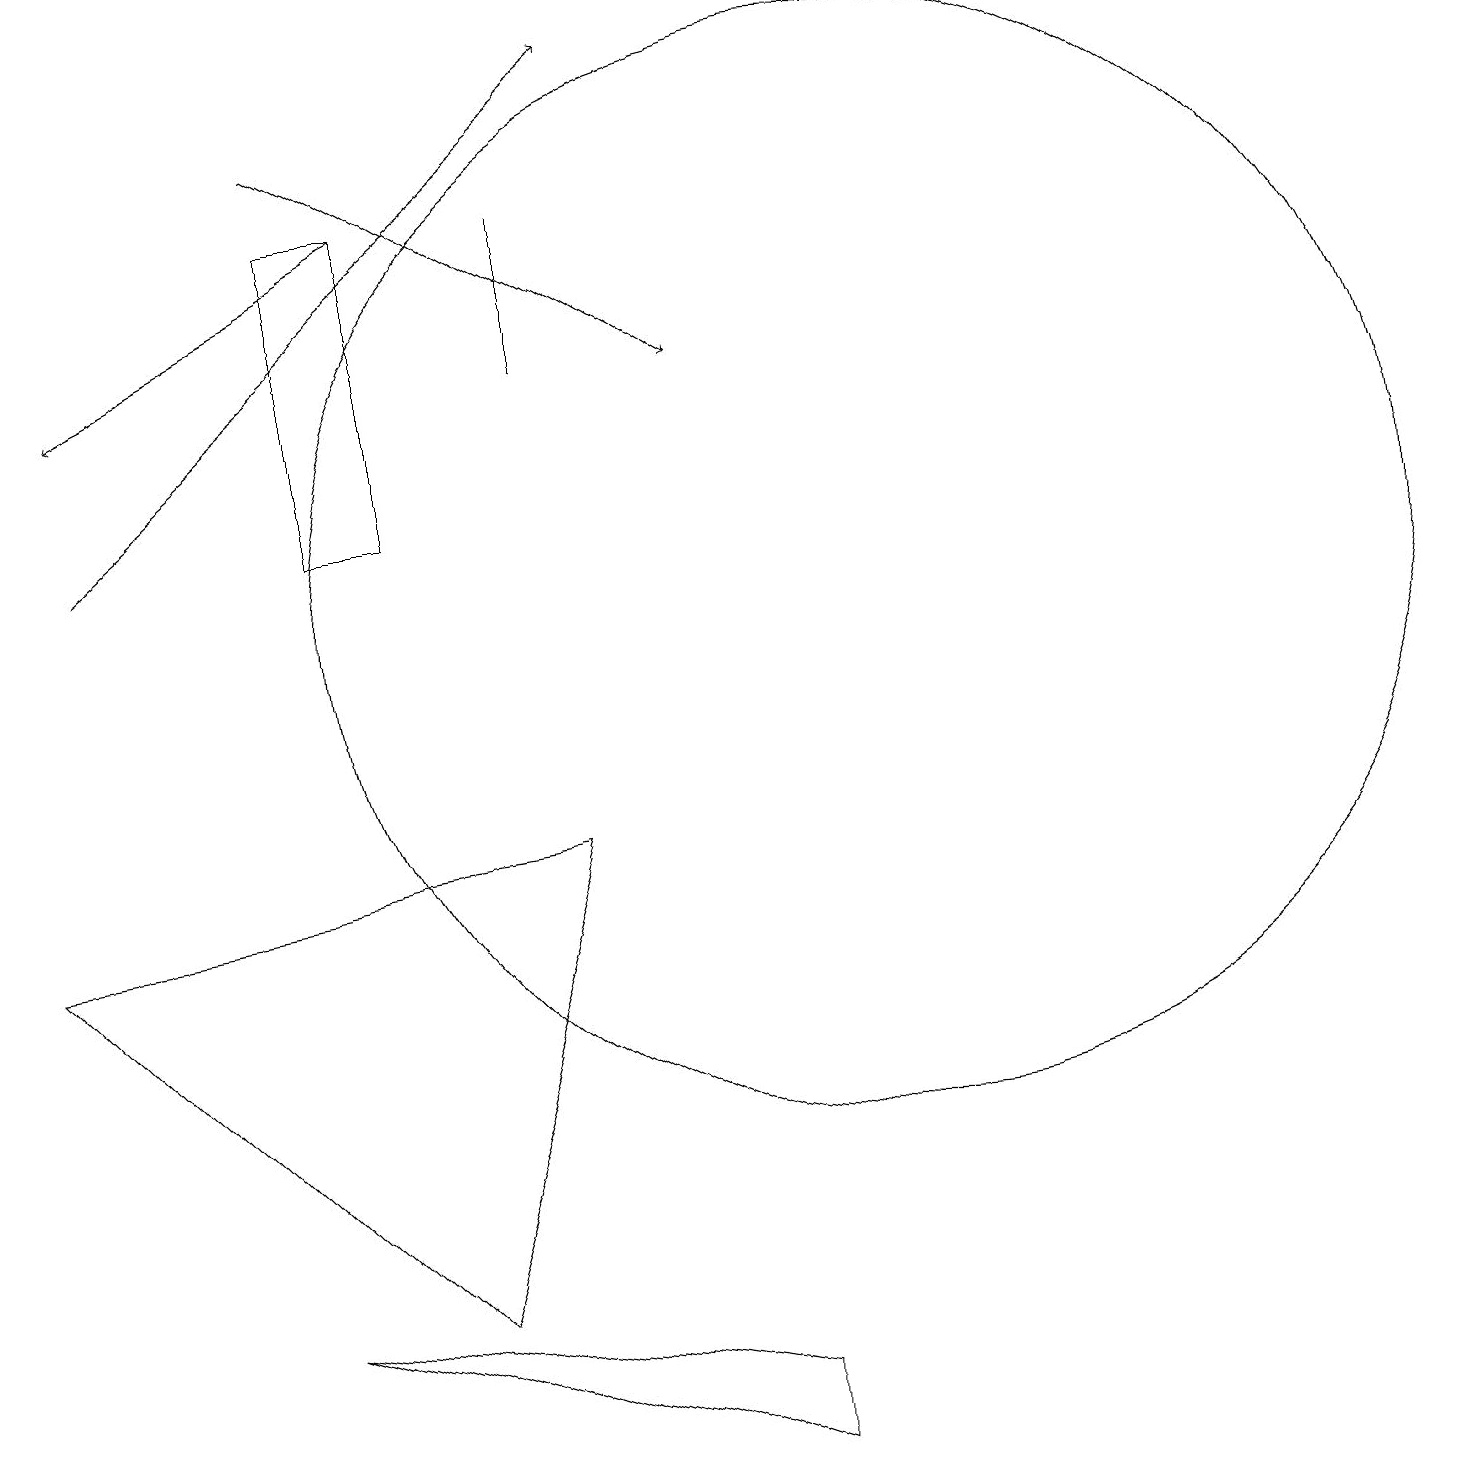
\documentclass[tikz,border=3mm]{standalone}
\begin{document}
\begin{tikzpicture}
\draw (4,13) rectangle (5,17);
\draw[->] (5,17) -- (1,15);
\draw (5,3) -- (0,8) -- (7,9) -- cycle;
\draw (9,2) -- (9,1) -- (3,3) -- cycle;
\draw (7,15) rectangle (7,17);
\draw[->] (1,13) -- (8,19);
\draw[->] (4,18) -- (9,15);
\draw (11,12) circle (7);
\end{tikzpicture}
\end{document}